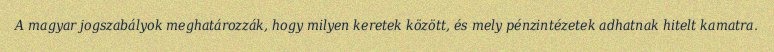
A magyar jogszabályok meghatározzák, hogy milyen keretek között, és mely pénzintézetek adhatnak hitelt kamatra.